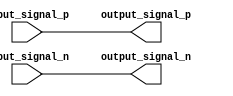
module differential_buffer (
    input input_signal_p, // positive input signal
    input input_signal_n, // negative input signal
    output output_signal_p, // positive output signal
    output output_signal_n // negative output signal
);

reg internal_signal_p; // internal positive signal
reg internal_signal_n; // internal negative signal

// Differential buffer logic
always @(input_signal_p, input_signal_n)
begin
    internal_signal_p <= input_signal_p;
    internal_signal_n <= input_signal_n;
end

assign output_signal_p = internal_signal_p;
assign output_signal_n = internal_signal_n;

endmodule